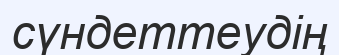
сүндеттеудің